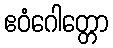
ဧဝံဂေါတ္တော